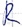
Text: R